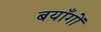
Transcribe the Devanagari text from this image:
बयाँगों